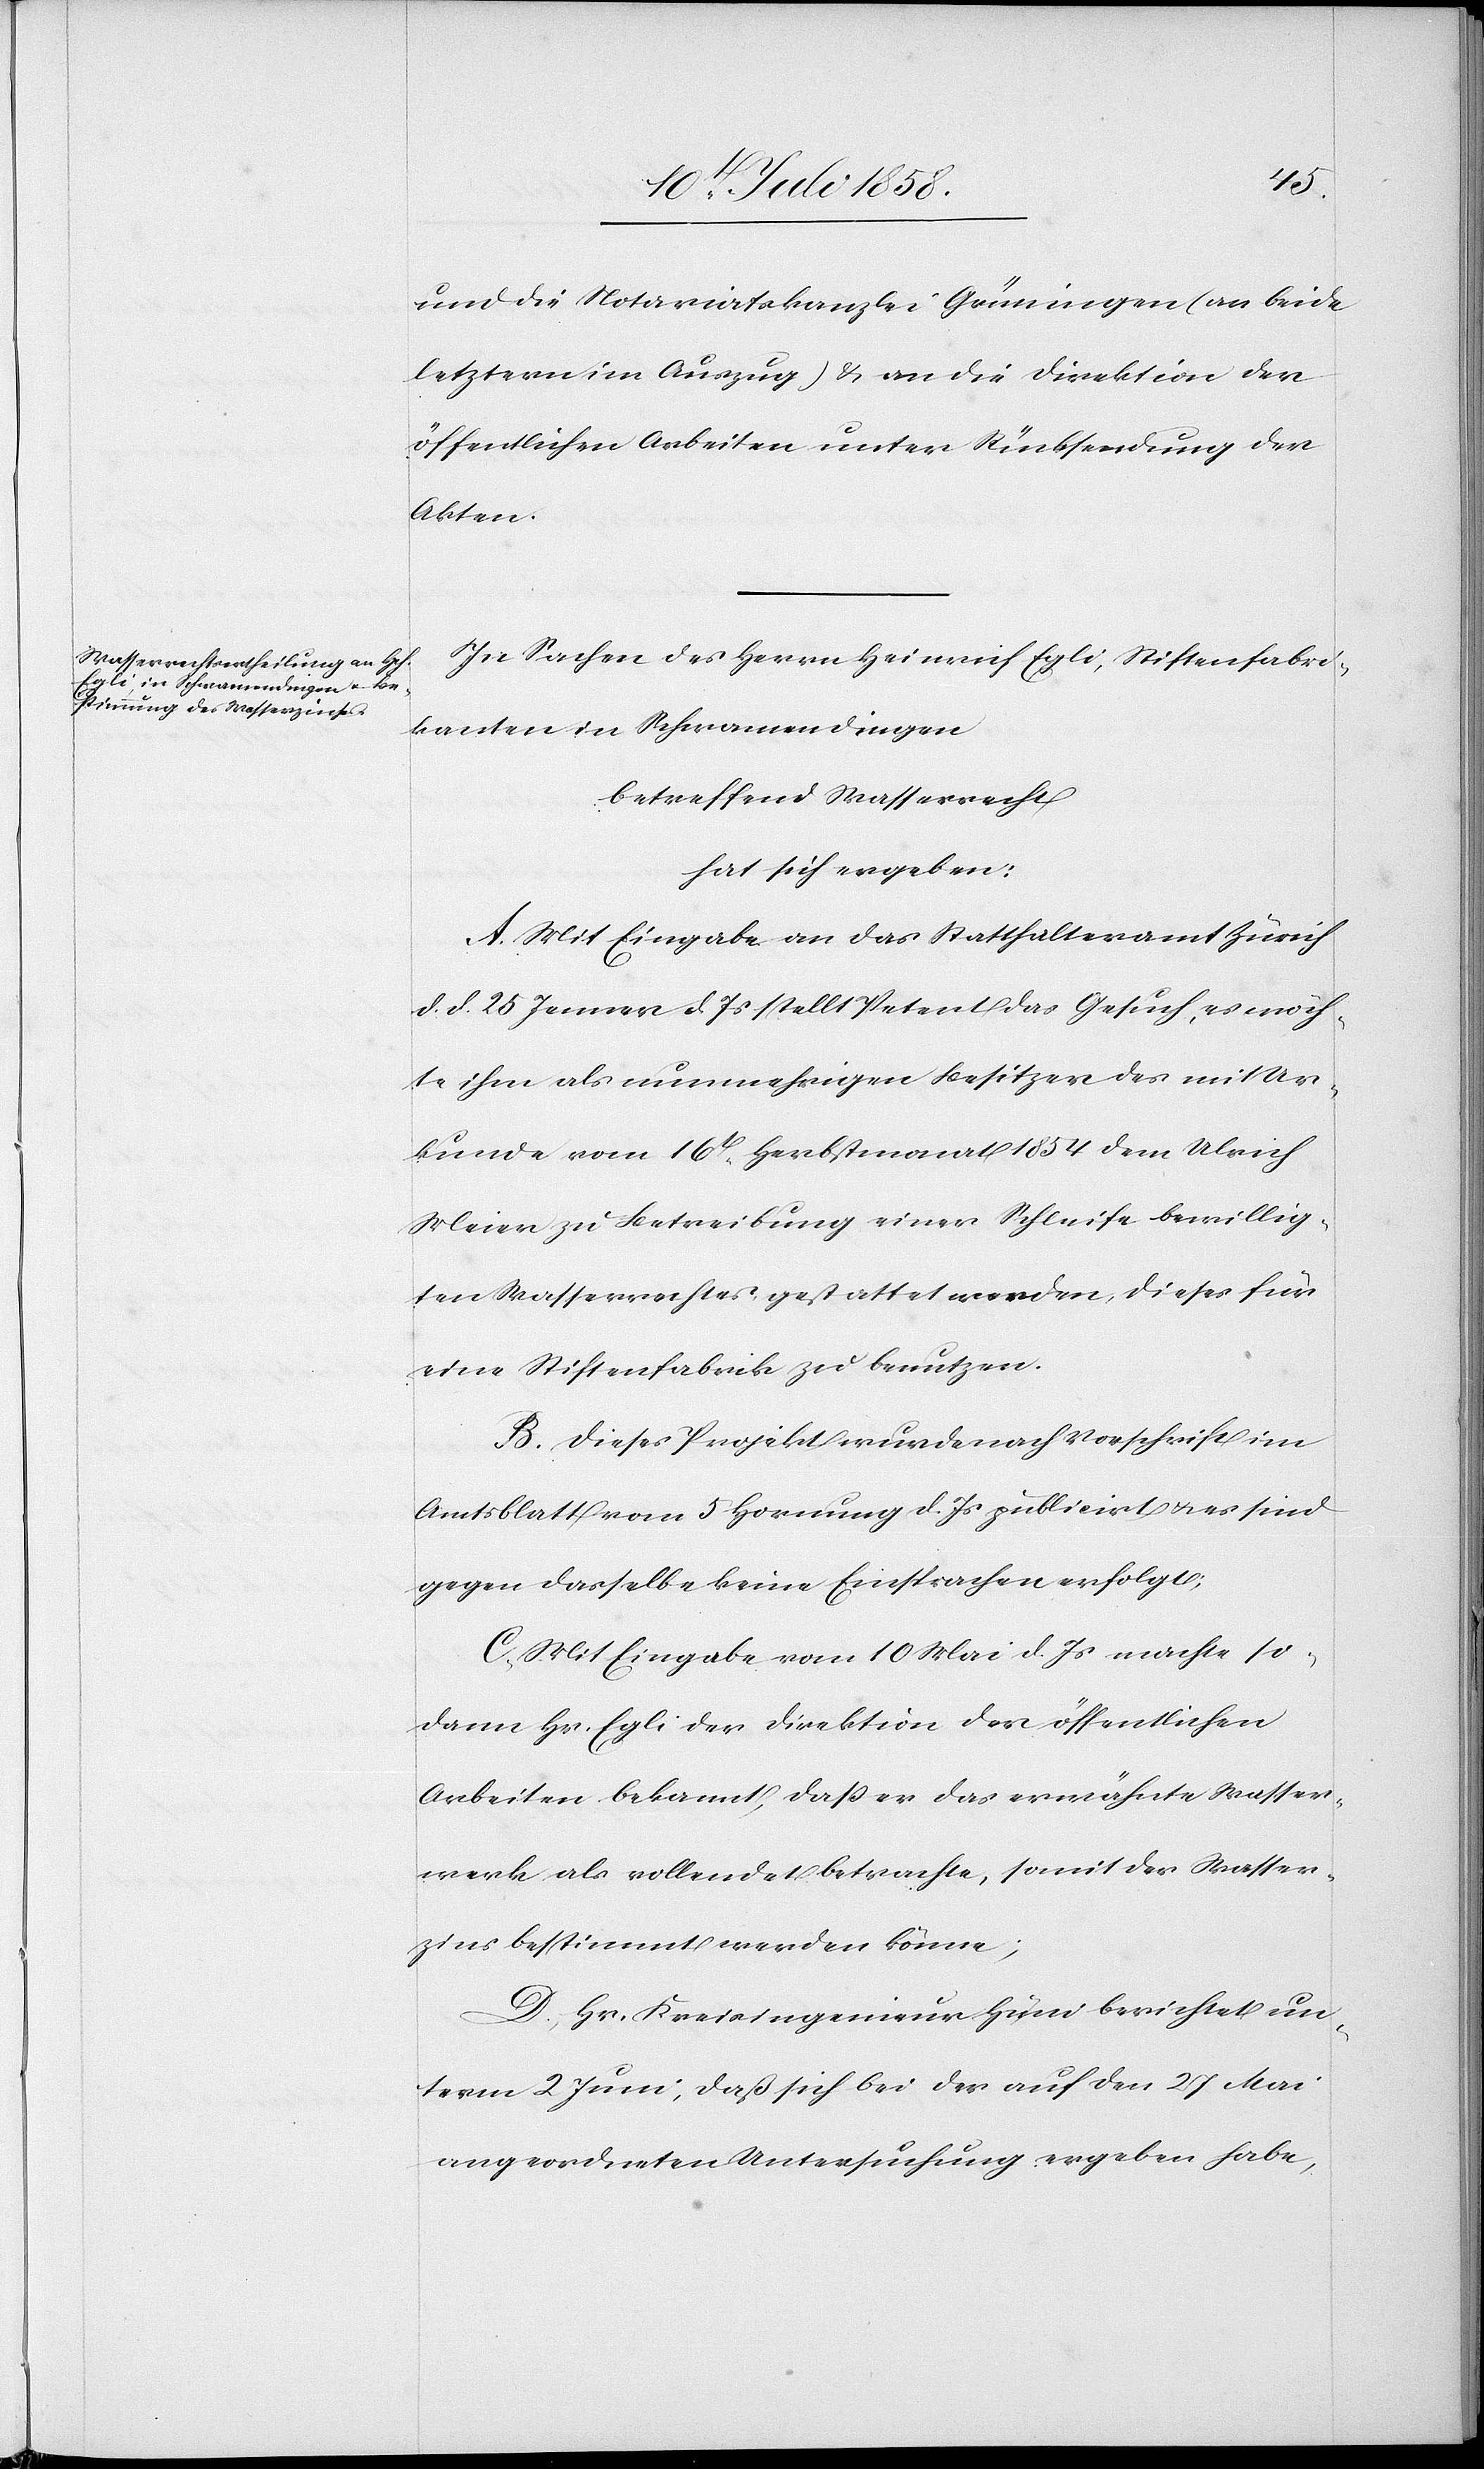
und die Notariatskanzlei Grüningen (an beide
letztern im Auszug) & an die Direktion der
öffentlichen Arbeiten unter Rücksendung der
Akten.
In Sachen des Herrn Heinrich Egli, Stiftenfabri¬
kanten in Schwamendingen
betreffend Wasserrecht
hat sich ergeben:
A. Mit Eingabe an das Statthalteramt Zürich
d. d. 25 Jenner d. Js stellt Petent das Gesuch, es möch¬
te ihm als nunmehrigen Besitzer des mit Ur¬
kunde vom 16t Herbstmonat 1854 dem Ulrich
Meier zu Betreibung einer Schleife bewillig¬
ten Wasserrechtes gestattet werden, dieses für
eine Stiftenfabrik zu benutzen.
B. Dieses Projekt wurde nach Vorschrift im
Amtsblatt vom 5 Hornung d. Js publicirt & es sind
gegen dasselbe keine Einsprachen erfolgt;
C. Mit Eingabe vom 10 Mai d. Js machte so¬
dann Hr. Egli der Direktion der öffentlichen
Arbeiten bekannt, daß er das erwähnte Wasser¬
werk als vollendet betrachte, somit der Wasser¬
zins bestimmt werden könne;
D. Hr. Kreisingenieur Hüni berichtet un¬
term 2 Juni, daß sich bei der auf den 27 Mai
angeordneten Untersuchung ergeben habe,